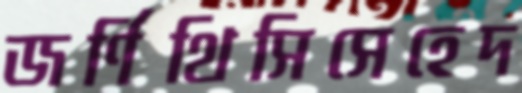
জর্ণিথিসিসেহেদ